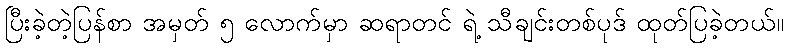
ပြီးခဲ့တဲ့ပြန်စာ အမှတ် ၅ လောက်မှာ ဆရာတင် ရဲ့ သီချင်းတစ်ပုဒ် ထုတ်ပြခဲ့တယ်။